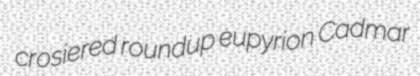
crosiered roundup eupyrion Cadmar